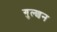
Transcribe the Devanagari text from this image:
गुल्शन